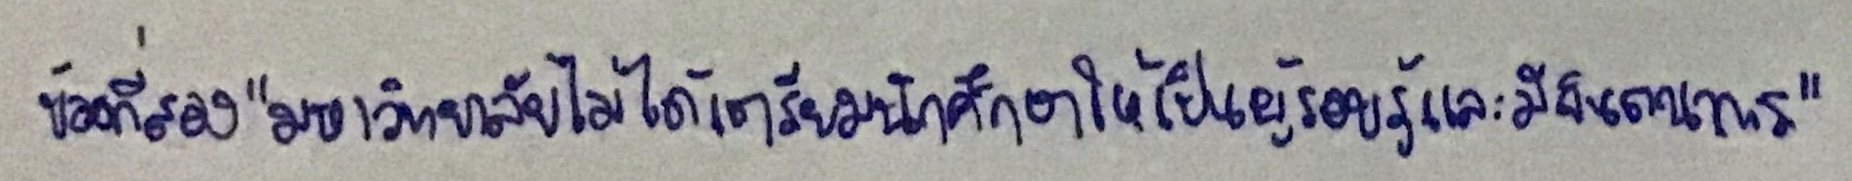
ข้อที่สอง"มหาวิทยาลัยไม่ได้เตรียมนักศึกษาให้เป็นผู้รอบรู้และมีจินตนาการ"